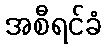
အစီရင်ခံ